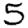
Digit: 5